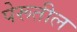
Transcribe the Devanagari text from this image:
पेरूतील